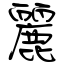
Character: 麗